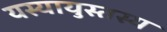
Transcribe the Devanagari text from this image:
यस्यायुस्तस्य